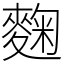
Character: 麴